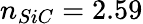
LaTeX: n_{SiC}=2.59